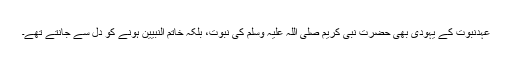
عہدِنبوت کے یہودی بھی حضرت نبی کریم صلی اللہ علیہ وسلم کی نبوت، بلکہ خاتم النبیین ہونے کو دل سے جانتے تھے۔